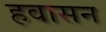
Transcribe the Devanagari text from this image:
हवासन